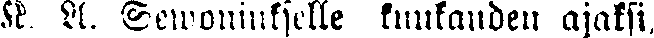
K. A. Sewoniukselle kuukauden ajaksi,